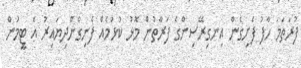
ފުރަތަމަ ހާފު ފެށިގެން އިނގިރޭސިންގެ ފަރާތުން މޮޅު ކުޅުމެއް ފެނިގެންދިޔައިރު އެ ޓީމުން